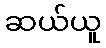
ဆယ်ယူ